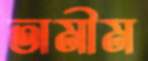
তামীম